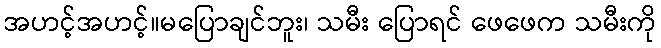
အဟင့်အဟင့်။မပြောချင်ဘူး၊ သမီး ပြောရင် ဖေဖေက သမီးကို